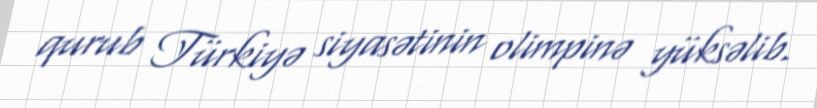
qurub Türkiyə siyasətinin olimpinə yüksəlib.